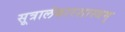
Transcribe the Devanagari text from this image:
सूत्रालंकारशास्त्रम्